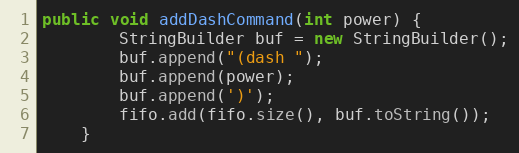
Language: Java
public void addDashCommand(int power) {
        StringBuilder buf = new StringBuilder();
        buf.append("(dash ");
        buf.append(power);
        buf.append(')');
        fifo.add(fifo.size(), buf.toString());
    }